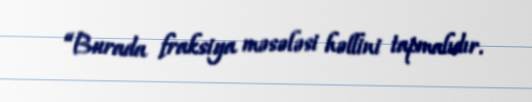
“Burada fraksiya məsələsi həllini tapmalıdır.